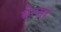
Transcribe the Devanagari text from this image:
बेल्सा